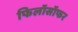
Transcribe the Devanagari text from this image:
फिलॉसॉफर